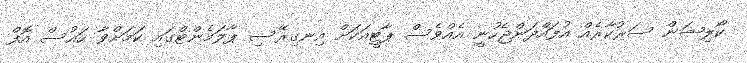
ކޯލިޝަން ސަރުކާރެއް އުފައްދަންޖެހުނީ އެއްވެސް ޕާޓީއަކަށް އިނގިރޭސި ޕާލަމެންޓްގައި ކަމަށްވާ ހައުސް އޮފް